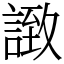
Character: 𧩼